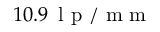
1 0 . 9 \, \mathrm { ~ l ~ p ~ / ~ m ~ m ~ }